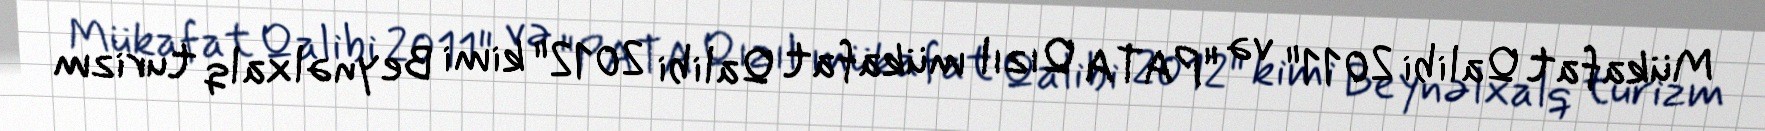
Mükafat Qalibi 2011" və "PATA Qızıl mükafat Qalibi 2012" kimi Beynəlxalq turizm